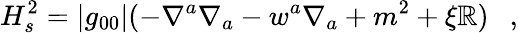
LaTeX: H_{s}^{2}=|g_{00}|(-\nabla^{a}\nabla_{a}-w^{a}\nabla_{a}+m^{2}+\xi\mathbb{R})~~~,